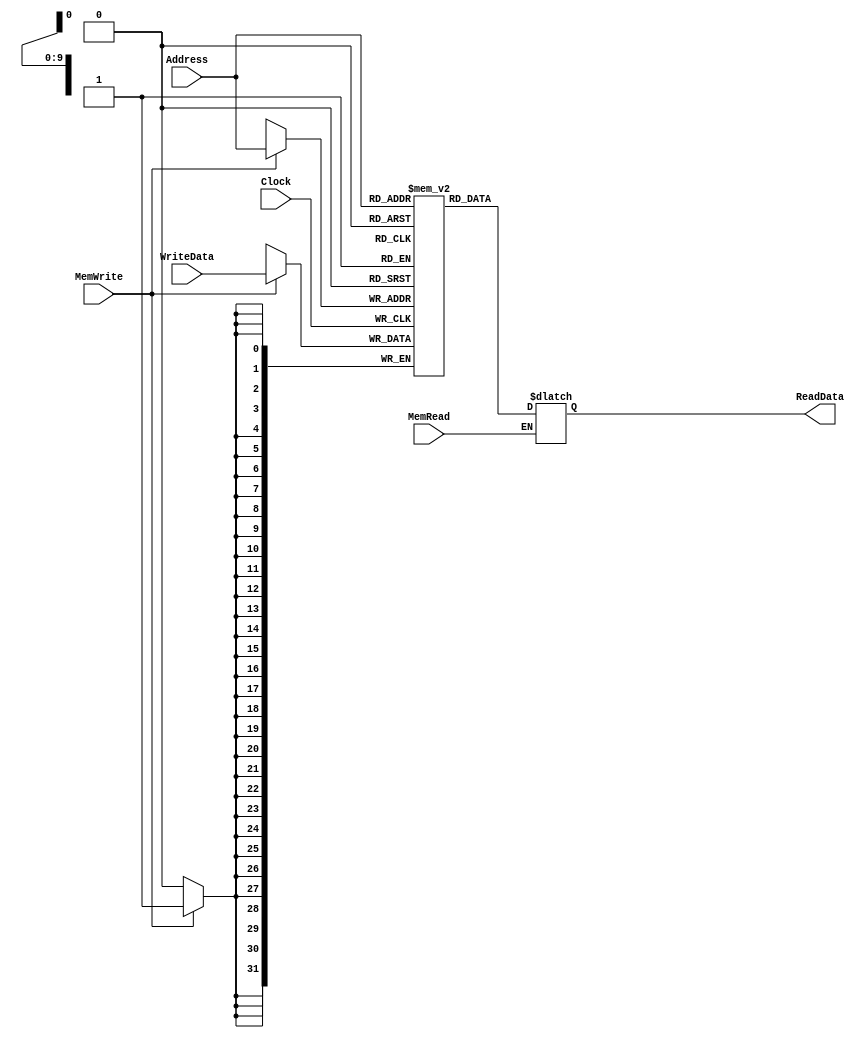
module DataMem(Clock, Address, WriteData, ReadData, MemRead, MemWrite);

input Clock;			// The clock signal
input [9:0] Address;		// The address to be operated
input [31:0] WriteData;		// The data to be written into memory
input MemRead, MemWrite;	// Decide the operation of memory

output [31:0] ReadData;

reg [31:0] Memory [1023:0];
reg [31:0] Read;
always @(*)
begin
if (MemRead)
begin
	Read <= Memory[Address];
end
end

always @(posedge Clock)
begin
	if (MemWrite)
	begin
		Memory[Address] <= WriteData;
	end
end

assign ReadData = Read;

endmodule